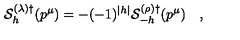
{ \cal S } _ { h } ^ { ( \lambda ) \dagger } ( p ^ { \mu } ) = - ( - 1 ) ^ { | h | } { \cal S } _ { - h } ^ { ( \rho ) \dagger } ( p ^ { \mu } ) \quad ,